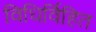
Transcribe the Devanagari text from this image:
विधिर्विहित